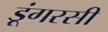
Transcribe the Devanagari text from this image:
डूंगरसी